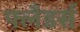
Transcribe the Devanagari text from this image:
फ्लँडर्स